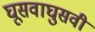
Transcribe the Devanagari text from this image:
घूसवाघुसवी